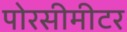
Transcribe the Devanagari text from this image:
पोरसीमीटर